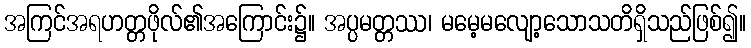
အကြင်အရဟတ္တဖိုလ်၏အကြောင်း၌။ အပ္ပမတ္တဿ၊ မမေ့မလျော့သောသတိရှိသည်ဖြစ်၍။